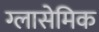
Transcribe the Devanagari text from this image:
ग्लासेमिक